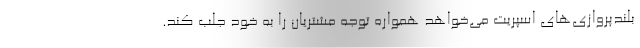
بلندپروازی‌های اسپریت می‌خواهد همواره توجه مشتریان را به خود جلب کند.